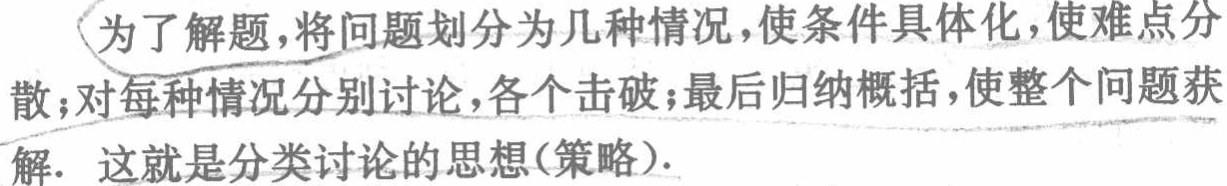
为了解题，将问题划分为几种情况，使条件具体化，使难点分散；对每种情况分别讨论，各个击破；最后归纳概括，使整个问题获解. 这就是分类讨论的思想(策略).